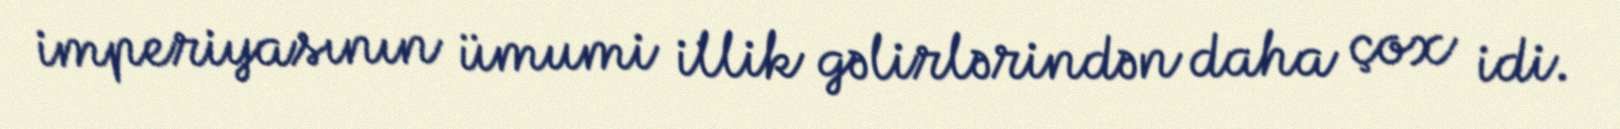
imperiyasının ümumi illik gəlirlərindən daha çox idi.